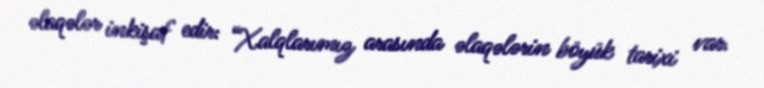
əlaqələr inkişaf edir: “Xalqlarımız arasında əlaqələrin böyük tarixi var.